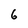
Character: 6